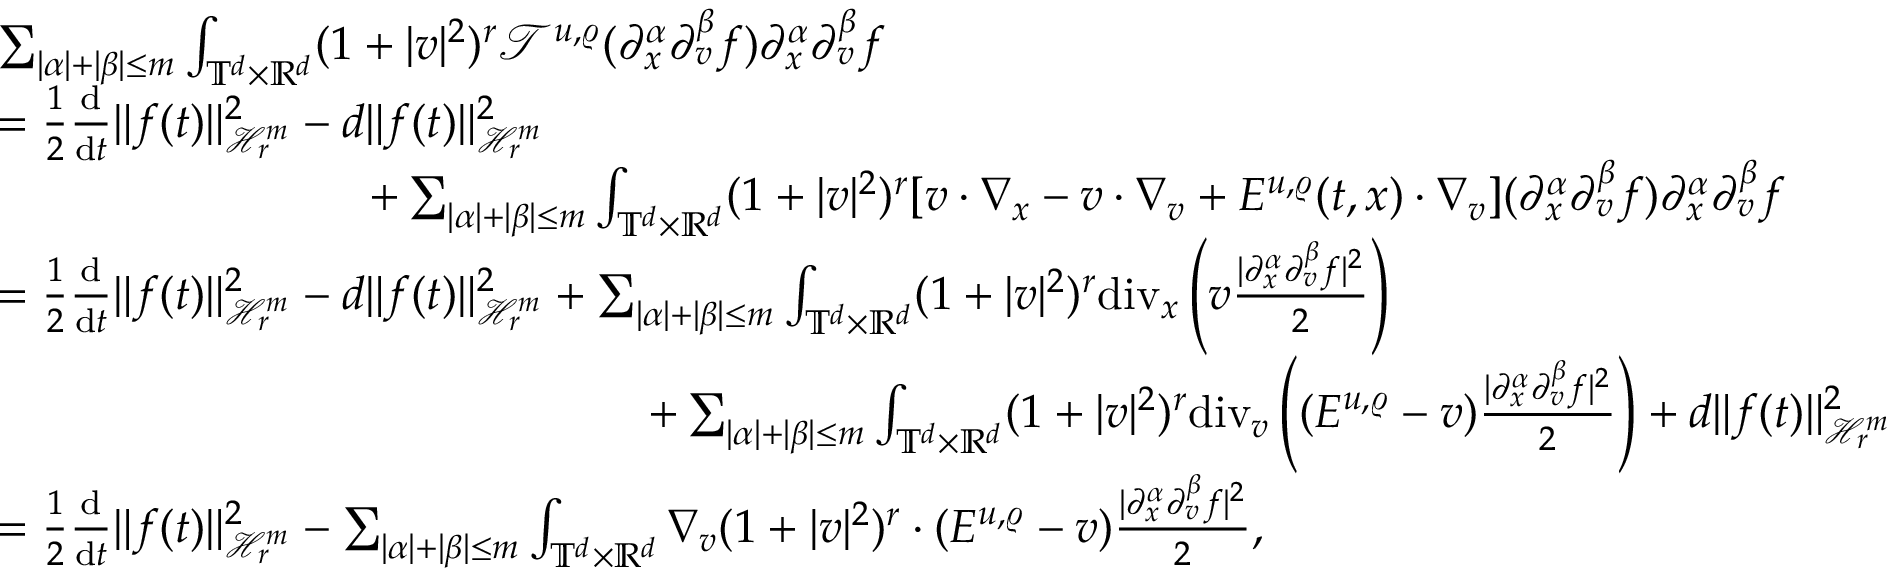
\begin{array} { r l } & { \sum _ { \vert \alpha \vert + \vert \beta \vert \leq m } \int _ { \mathbb T ^ { d } \times \mathbb R ^ { d } } ( 1 + \vert v \vert ^ { 2 } ) ^ { r } \mathcal { T } ^ { u , \varrho } ( \partial _ { x } ^ { \alpha } \partial _ { v } ^ { \beta } f ) \partial _ { x } ^ { \alpha } \partial _ { v } ^ { \beta } f } \\ & { = \frac { 1 } { 2 } \frac { \mathrm { d } } { \mathrm { d } t } \Vert f ( t ) \Vert _ { \mathcal { H } _ { r } ^ { m } } ^ { 2 } - d \Vert f ( t ) \Vert _ { \mathcal { H } _ { r } ^ { m } } ^ { 2 } } \\ & { \qquad \qquad \qquad \qquad + \sum _ { \vert \alpha \vert + \vert \beta \vert \leq m } \int _ { \mathbb T ^ { d } \times \mathbb R ^ { d } } ( 1 + \vert v \vert ^ { 2 } ) ^ { r } [ v \cdot \nabla _ { x } - v \cdot \nabla _ { v } + E ^ { u , \varrho } ( t , x ) \cdot \nabla _ { v } ] ( \partial _ { x } ^ { \alpha } \partial _ { v } ^ { \beta } f ) \partial _ { x } ^ { \alpha } \partial _ { v } ^ { \beta } f } \\ & { = \frac { 1 } { 2 } \frac { \mathrm { d } } { \mathrm { d } t } \Vert f ( t ) \Vert _ { \mathcal { H } _ { r } ^ { m } } ^ { 2 } - d \Vert f ( t ) \Vert _ { \mathcal { H } _ { r } ^ { m } } ^ { 2 } + \sum _ { \vert \alpha \vert + \vert \beta \vert \leq m } \int _ { \mathbb T ^ { d } \times \mathbb R ^ { d } } ( 1 + \vert v \vert ^ { 2 } ) ^ { r } \mathrm { d i v } _ { x } \left( v \frac { \vert \partial _ { x } ^ { \alpha } \partial _ { v } ^ { \beta } f \vert ^ { 2 } } { 2 } \right) } \\ & { \qquad \qquad \qquad \qquad \qquad \qquad \qquad + \sum _ { \vert \alpha \vert + \vert \beta \vert \leq m } \int _ { \mathbb T ^ { d } \times \mathbb R ^ { d } } ( 1 + \vert v \vert ^ { 2 } ) ^ { r } \mathrm { d i v } _ { v } \left( ( E ^ { u , \varrho } - v ) \frac { \vert \partial _ { x } ^ { \alpha } \partial _ { v } ^ { \beta } f \vert ^ { 2 } } { 2 } \right) + d \Vert f ( t ) \Vert _ { \mathcal { H } _ { r } ^ { m } } ^ { 2 } } \\ & { = \frac { 1 } { 2 } \frac { \mathrm { d } } { \mathrm { d } t } \Vert f ( t ) \Vert _ { \mathcal { H } _ { r } ^ { m } } ^ { 2 } - \sum _ { \vert \alpha \vert + \vert \beta \vert \leq m } \int _ { \mathbb T ^ { d } \times \mathbb R ^ { d } } \nabla _ { v } ( 1 + \vert v \vert ^ { 2 } ) ^ { r } \cdot ( E ^ { u , \varrho } - v ) \frac { \vert \partial _ { x } ^ { \alpha } \partial _ { v } ^ { \beta } f \vert ^ { 2 } } { 2 } , } \end{array}